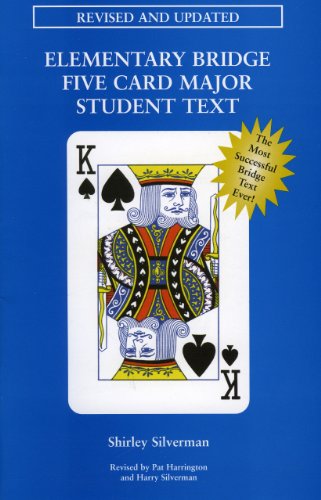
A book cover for Elementary Bridge Five Card Major Student Text; Shirley Silverman; Humor & Entertainment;